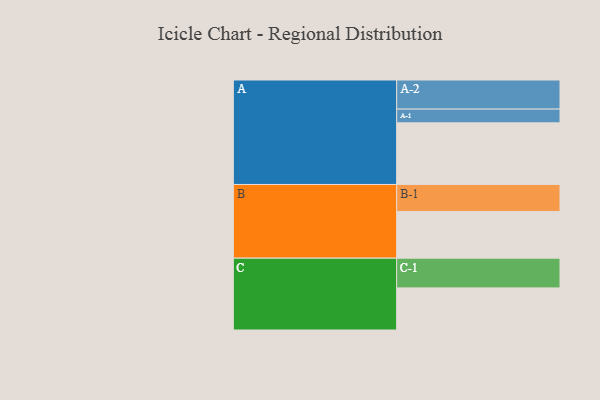
{"axis": {"x": "Segment", "y": "Value"}, "legend": ["", "A", "B", "C"], "data": [{"x": "A", "y": 587, "type": ""}, {"x": "B", "y": 445, "type": ""}, {"x": "C", "y": 401, "type": ""}, {"x": "A-1", "y": 131, "type": "A"}, {"x": "A-2", "y": 277, "type": "A"}, {"x": "B-1", "y": 257, "type": "B"}, {"x": "C-1", "y": 283, "type": "C"}]}